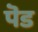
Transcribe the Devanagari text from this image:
पॆड